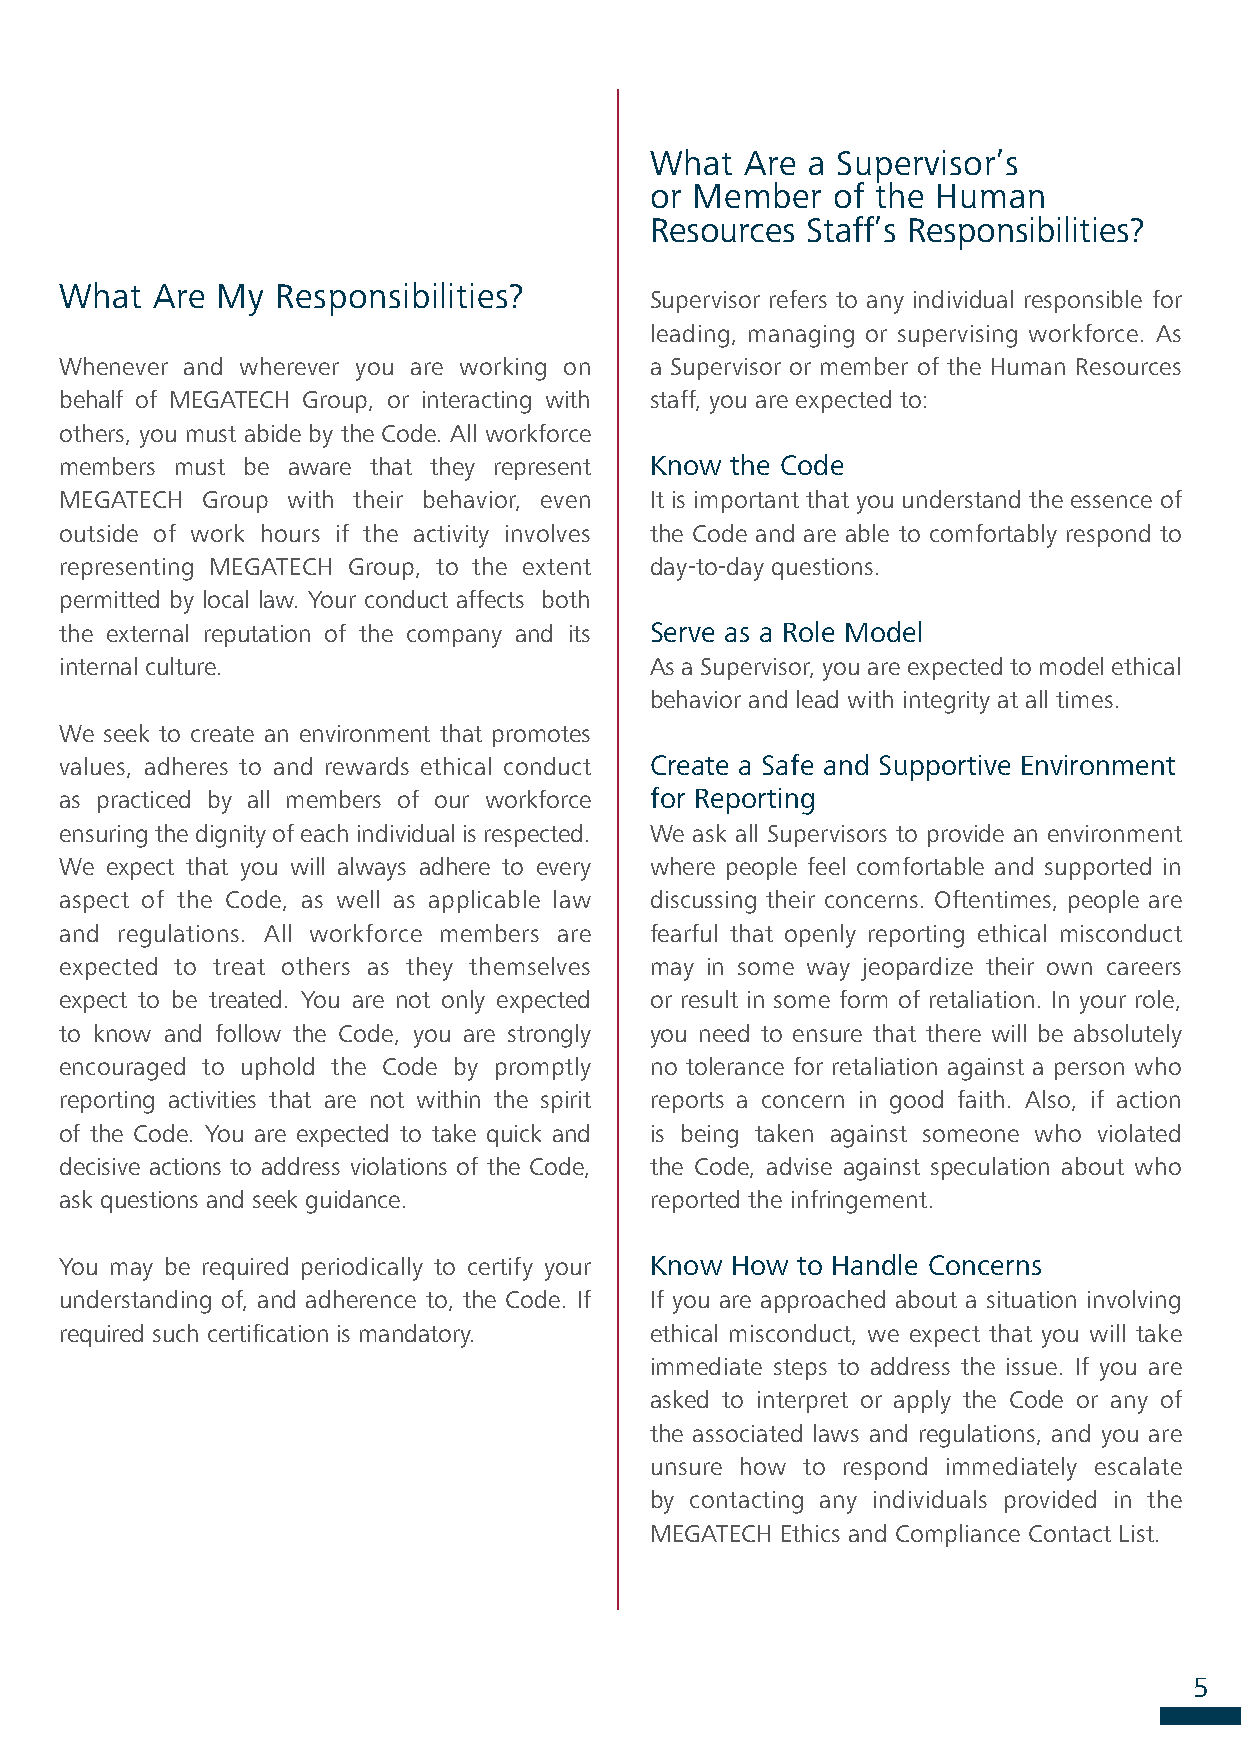
What  Are a Supervisor’s
 or Member   of the Human
 Resources Staff’s Responsibilities?
 What  Are My  Responsibilities?
 Supervisor refers to any individual responsible for
 leading, managing or supervising workforce. As
 Whenever and wherever you are working on a Supervisor or member of the Human Resources
 behalf of MEGATECH Group, or interacting with staff, you are expected to:
 others, you must abide by the Code. All workforce
 members must be aware that they represent Know the Code
 MEGATECH Group with their behavior, even It is important that you understand the essence of
 outside of work hours if the activity involves the Code and are able to comfortably respond to
 representing MEGATECH Group, to the extent day-to-day questions.
 permitted by local law. Your conduct affects both
 the external reputation of the company and its Serve as a Role Model
 internal culture.                      As a Supervisor, you are expected to model ethical
 behavior and lead with integrity at all times.
 We seek to create an environment that promotes
 values, adheres to and rewards ethical conduct Create a Safe and Supportive Environment
 as practiced by all members of our workforce for Reporting
 ensuring the dignity of each individual is respected. We ask all Supervisors to provide an environment
 We expect that you will always adhere to every where people feel comfortable and supported in
 aspect of the Code, as well as applicable law discussing their concerns. Oftentimes, people are
 and regulations. All workforce members are fearful that openly reporting ethical misconduct
 expected to treat others as they themselves may in some way jeopardize their own careers
 expect to be treated. You are not only expected or result in some form of retaliation. In your role,
 to know and follow the Code, you are strongly you need to ensure that there will be absolutely
 encouraged to uphold the Code by promptly no tolerance for retaliation against a person who
 reporting activities that are not within the spirit reports a concern in good faith. Also, if action
 of the Code. You are expected to take quick and is being taken against someone who violated
 decisive actions to address violations of the Code, the Code, advise against speculation about who
 ask questions and seek guidance.       reported the infringement.
 You may be required periodically to certify your Know How to Handle Concerns
 understanding of, and adherence to, the Code. If If you are approached about a situation involving
 required such certification is mandatory. ethical misconduct, we expect that you will take
 immediate steps to address the issue. If you are
 asked to interpret or apply the Code or any of
 the associated laws and regulations, and you are
 unsure how to respond immediately escalate
 by contacting any individuals provided in the
 MEGATECH Ethics and Compliance Contact List.
 5